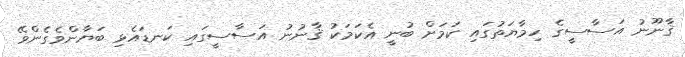
ޤާނޫނު އަސާސީގެ ހިމާޔަތުގައި ކަމަށް ބުނީ އެކަމަކު ޤާނުނު އަސާސީގައި ކަނޑައެޅި ބަޔާންވެގެންވޭ